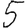
Digit: 5